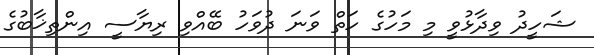
ޝަހީދު ވިދާޅުވީ މި މަހުގެ ހަތް ވަނަ ދުވަހު ބޭއްވި ރިޔާސީ އިންތިޚާބުގެ